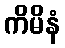
ကိမိနံ